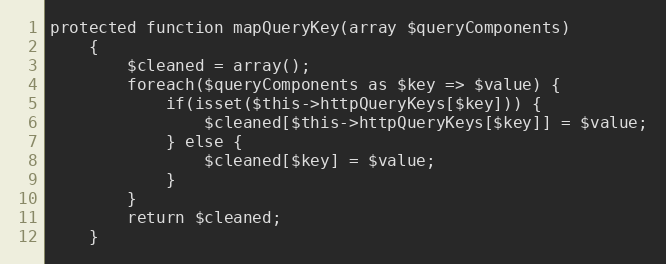
Language: PHP
protected function mapQueryKey(array $queryComponents)
    {
        $cleaned = array();
        foreach($queryComponents as $key => $value) {
            if(isset($this->httpQueryKeys[$key])) {
                $cleaned[$this->httpQueryKeys[$key]] = $value;
            } else {
                $cleaned[$key] = $value;
            }
        }
        return $cleaned;
    }